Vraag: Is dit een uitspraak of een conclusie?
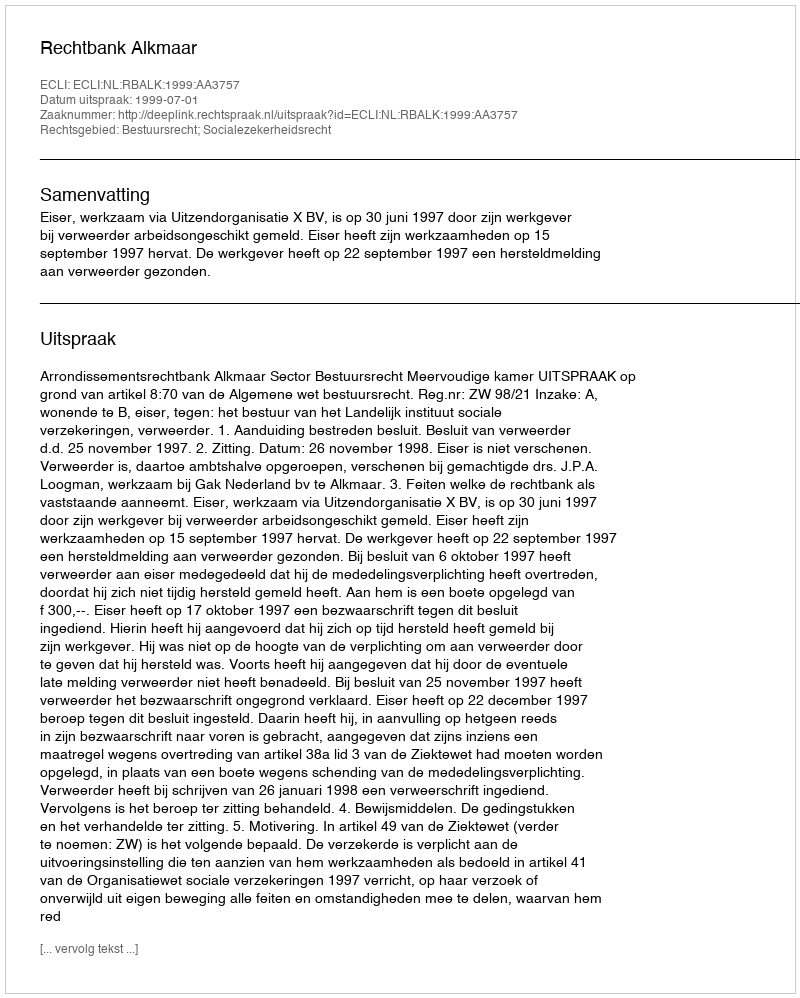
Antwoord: Uitspraak